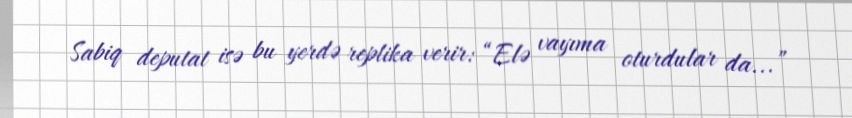
Sabiq deputat isə bu yerdə replika verir: “Elə vayıma oturdular da...”